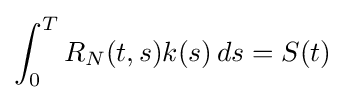
\int _{0}^{T}R_{N}(t,s)k(s)\,ds=S(t)